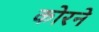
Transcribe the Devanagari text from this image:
कोरने